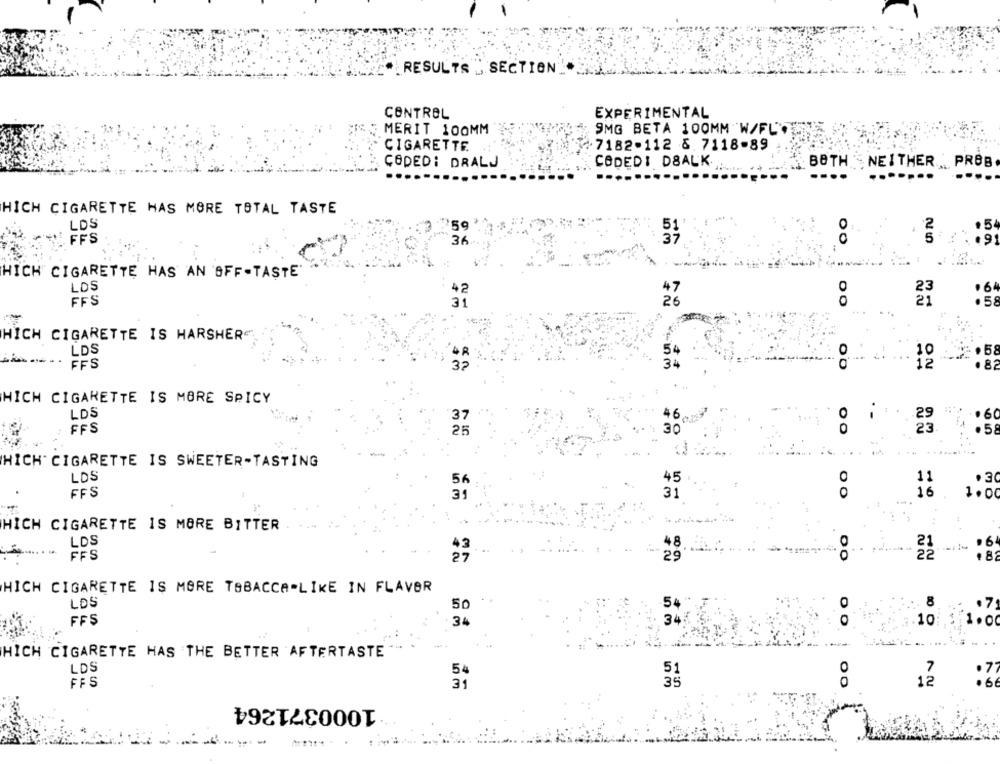
RESULTS SECTION
CONTROL
EXPERIMENTAL
MERIT 100MM
9MG BETA 100MM W/FLC
CIGARETTE
+7182-112 6. 7118-89
CODED: DRALJ
CODEDI DBALK
BOTH . NEITHER , PROB
HICH CIGARETTE HAS MORE TOTAL TASTE
LDS
0
.5
'59
FFS
36
HICH CIGARETTE HAS AN OFF-TASTE'
LDS
42
FFS
31
26
HICH CIGARETTE IS HARSHER"
LDS
10
FFS
32
34
12
HICH CIGARETTE IS MORE SPICY
LDS
37
46
23.
.60
FFS
30
OO
HICH CIGARETTE IS SWEETER-TASTING
LDS
56
45
.3
FFS
31
31
0
16
1.0
-
HICH CIGARETTE IS MORE BITTER
LOS
48
FFS
27
29
22
10 00
HICH CIGARETTE IS MORE TABACCA-LIKE IN FLAVOR
LDS
50
8
FFS
3
10 1.00
HICH CIGARETTE HAS THE BETTER AFTERTASTE
LDS
54
FFS
31
inm
:6
1000371264